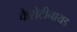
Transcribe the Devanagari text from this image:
कैरोटीनायड